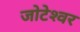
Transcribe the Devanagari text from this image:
जोटेश्‍वर